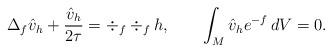
LaTeX: \begin{align*}\Delta_f \hat v_h+\frac{\hat v_h}{2\tau}=\div_f\div_fh,\qquad\int_M \hat v_h e^{-f}\, dV=0.\end{align*}